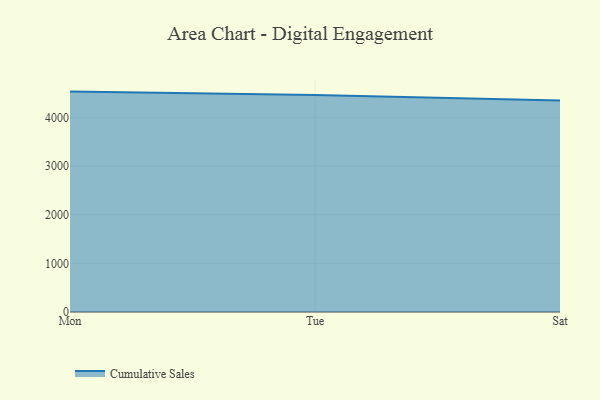
{"axis": {"x": "Day", "y": "Shipments"}, "legend": ["Cumulative Sales"], "data": [{"x": "Mon", "y": 4529.0, "type": "Cumulative Sales"}, {"x": "Tue", "y": 4457.4, "type": "Cumulative Sales"}, {"x": "Sat", "y": 4345.3, "type": "Cumulative Sales"}]}